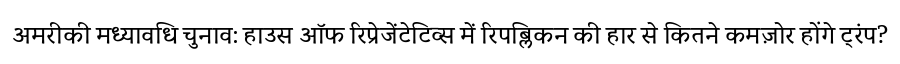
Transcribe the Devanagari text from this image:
अमरीकी मध्यावधि चुनाव: हाउस ऑफ रिप्रेजेंटेटिव्स में रिपब्लिकन की हार से कितने कमज़ोर होंगे ट्रंप?